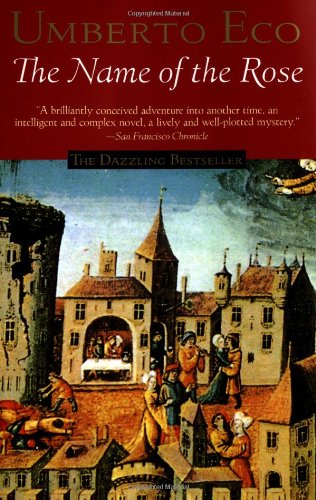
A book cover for The Name of the Rose: including the Author's Postscript; Umberto Eco; Religion & Spirituality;